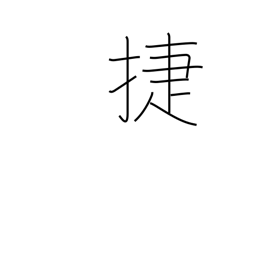
Meaning: fast